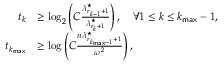
\begin{array} { r l } { t _ { k } } & { \geq \log _ { 2 } \left( C \frac { \lambda _ { r _ { k - 1 } + 1 } ^ { \star } } { \lambda _ { r _ { k } + 1 } ^ { \star } } \right) , \quad \forall 1 \leq k \leq k _ { \sf m a x } - 1 , } \\ { t _ { k _ { \sf m a x } } } & { \geq \log \left( C \frac { n \lambda _ { r _ { k _ { \sf m a x } - 1 } + 1 } ^ { \star } } { \omega ^ { 2 } } \right) , } \end{array}